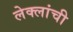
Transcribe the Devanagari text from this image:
लेक्लांची